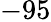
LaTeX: -95